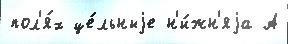
пол'я́х це́льныjе н'и́жн'яjа А